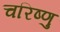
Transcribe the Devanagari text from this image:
चरिष्णु